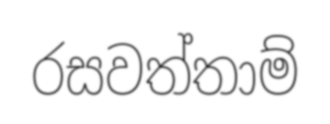
රසවත්තාම්